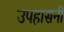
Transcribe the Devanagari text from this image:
उपहासनी